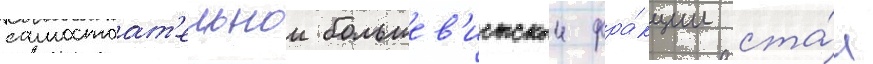
самостоат'ельнои большев'истскои фра́кции ста́л